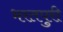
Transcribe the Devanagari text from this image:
भरतपुरी